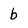
Character: b